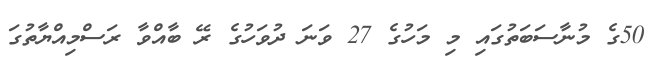
50ގެ މުނާސަބަތުގައި މި މަހުގެ 27 ވަނަ ދުވަހުގެ ރޭ ބާއްވާ ރަސްމިއްޔާތުގަ